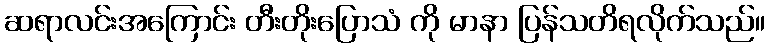
ဆရာလင်းအကြောင်း တီးတိုးပြောသံ ကို မာနာ ပြန်သတိရလိုက်သည်။